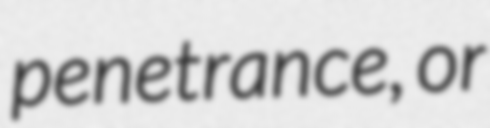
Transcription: penetrance, or